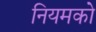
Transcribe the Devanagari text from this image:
नियमको